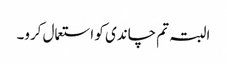
البتہ تم چاندی کو استعمال کرو۔